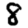
Digit: 8